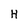
Character: H